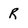
Character: R